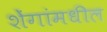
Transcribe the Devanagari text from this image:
शेंगांमधील